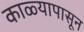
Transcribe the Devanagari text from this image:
काळ्यापासून